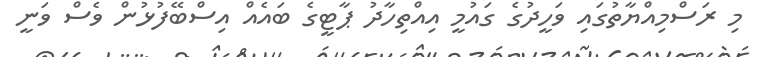
މި ރަސްމިއްޔާތުގައި ވަހީދުގެ ގައުމީ އިއްތިހާދު ޕާޓީގެ ބައެެއް އިސްބޭފުޅުން ވެސް ވަނީ